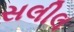
સલીલ